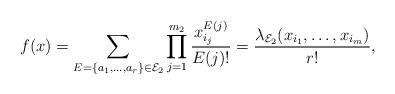
LaTeX: \begin{align*}f(x)=\sum_{E=\{a_1,\ldots,a_r\}\in \mathcal{E}_2}\prod_{j=1}^{m_2}\frac{x_{i_j}^{E(j)}}{E(j)!}=\frac{\lambda_{\mathcal{E}_2}(x_{i_1}, \dots, x_{i_m})}{r!},\end{align*}